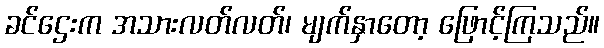
ခင်ဌေးက အသားလတ်လတ်၊ မျက်နှာတော့ ဖြောင့်ကြသည်။